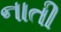
નાતી